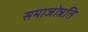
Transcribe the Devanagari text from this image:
समाजोन्नति